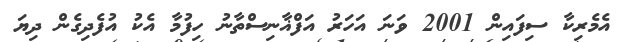
އެމެރިކާ ސިފައިން 2001 ވަނަ އަހަރު އަފްޣާނިސްތާނު ހިފުމާ އެކު އުފެދިގެން ދިޔަ